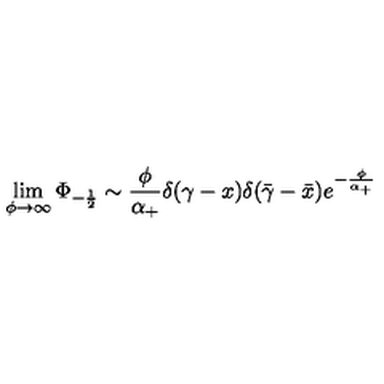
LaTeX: \lim _ { \phi \rightarrow \infty } \Phi _ { - \frac 1 2 } \sim \frac \phi { \alpha _ { + } } \delta ( \gamma - x ) \delta ( \bar { \gamma } - \bar { x } ) e ^ { - \frac { \phi } { \alpha _ { + } } }